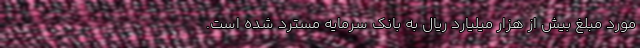
مورد مبلغ بیش از هزار میلیارد ریال به بانک سرمایه مسترد شده است.